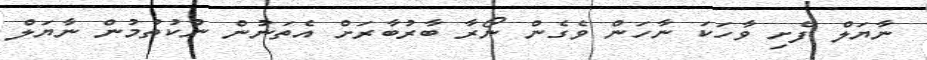
ނާޔަލް ފެށި ވާހަކަ ނާހަން ވެގެން ނޯރާ ބާރުބާރަށް އެތަނުން ނުކުތުމުން ނާޔަލް